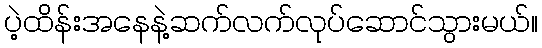
ပဲ့ထိန်းအနေနဲ့ဆက်လက်လုပ်ဆောင်သွားမယ်။